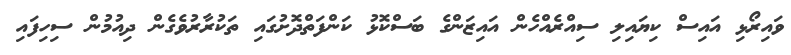
ވައިރޯޅި އައިސް ކިޔައިލި ސިއްރެއްހެން އައިޒަންގެ ބަސްކޮޅު ކަންފަތްދޮށުގައި ތަކުރާރުވެގެން ދިއުމުން ސިހިފައި